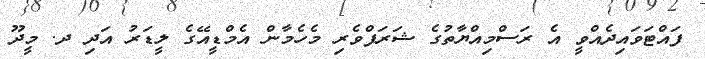
ފައްޓަވައިދެއްވީ އެ ރަސްމިއްޔާތުގެ ޝަރަފްވެރި މެހެމާން އެމްޑީއޭގެ ލީޑަރު އަދި ދ. މީދޫ